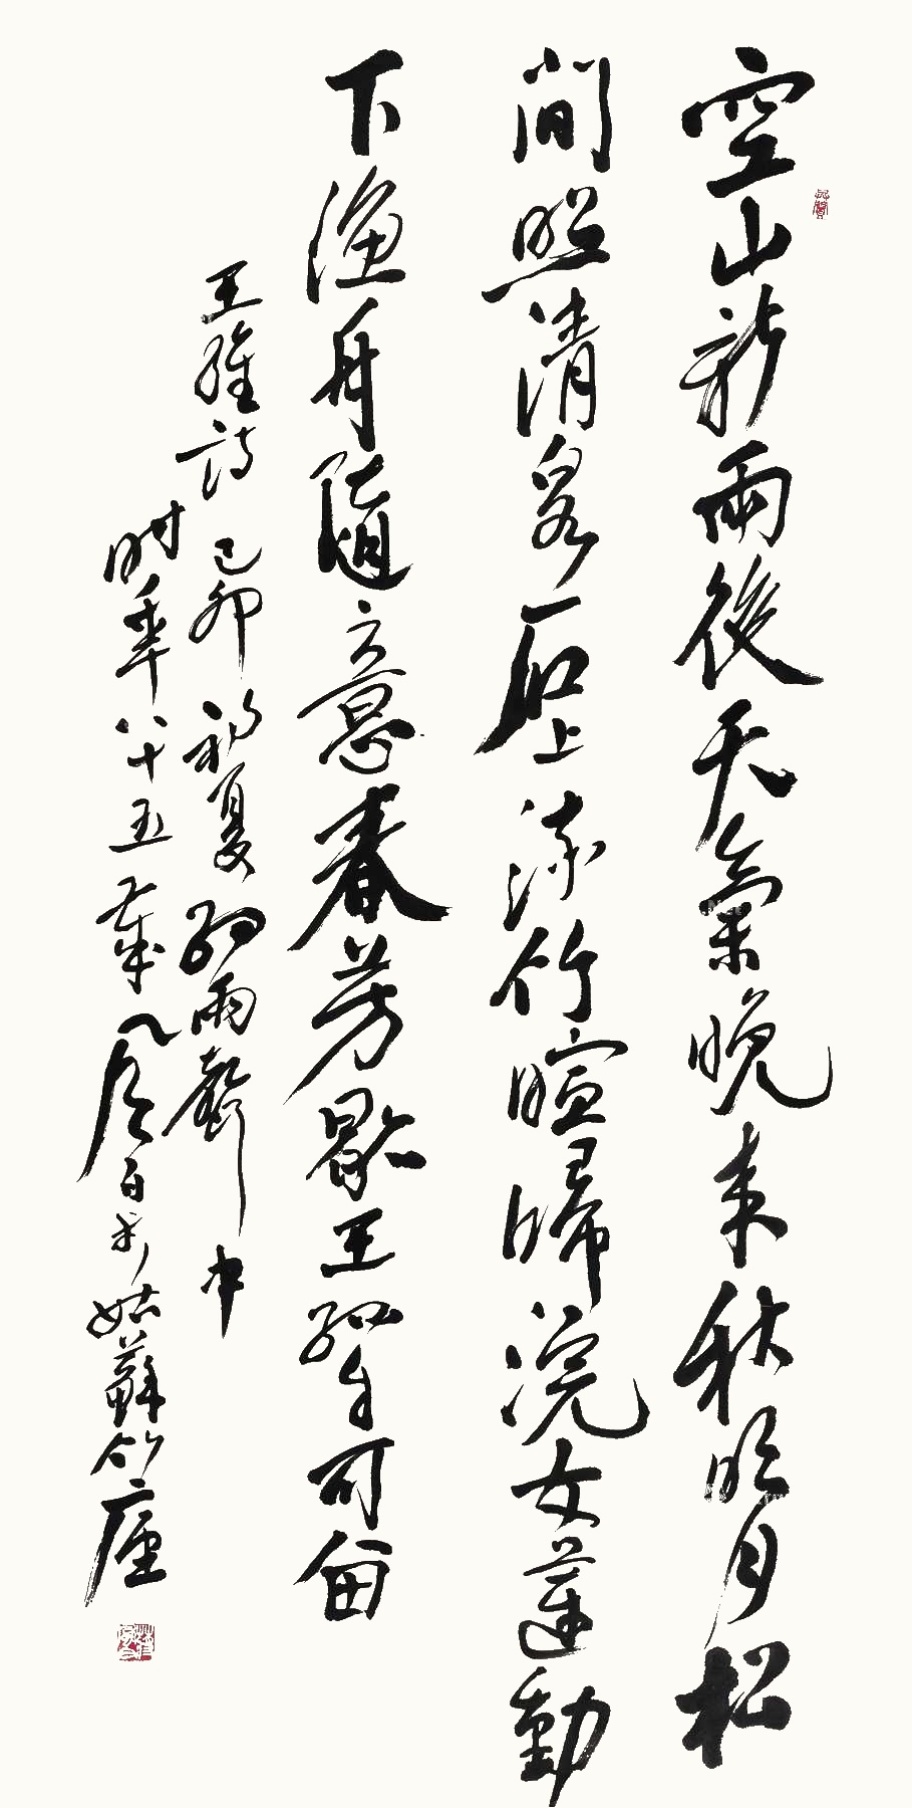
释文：空山新雨后，天气晚来秋。明月松间照，清泉石上流。竹暄归浣女，莲动下渔舟。随意春芳歇，王孙自可留。王维诗。乙卯初夏细雨声中，时年八十五岁，风白于姑苏竹庐。